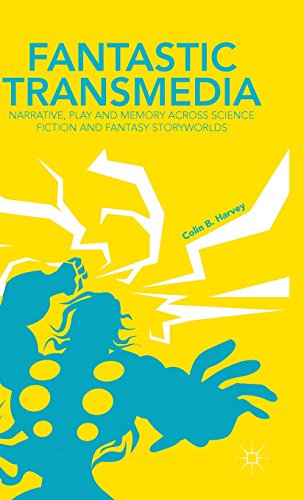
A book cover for Fantastic Transmedia: Narrative, Play and Memory Across Science Fiction and Fantasy Storyworlds; Colin Harvey; Comics & Graphic Novels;